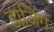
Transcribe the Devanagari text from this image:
डाजिंग